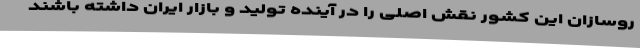
روسازان این کشور نقش اصلی را در آینده تولید و بازار ایران داشته باشند